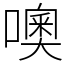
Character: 噢